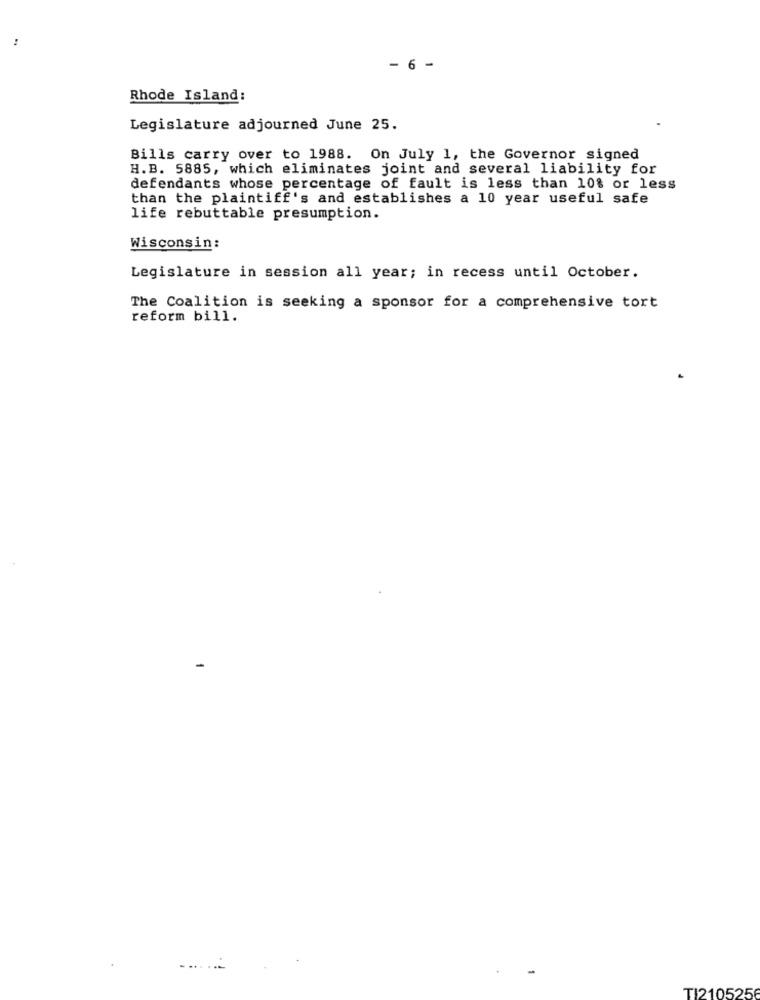
:
- 6 -
Rhode Island:
Legislature adjourned June 25.
Bills carry over to 1988. On July 1, the Governor signed
H.B. 5885, which eliminates joint and several liability for
defendants whose percentage of fault is less than 10% or less
than the plaintiff's and establishes a 10 year useful safe
life rebuttable presumption.
Wisconsin:
Legislature in session all year; in recess until October.
The Coalition is seeking a sponsor for a comprehensive tort
reform bill.
TI2105256